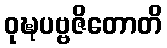
ဝုဍ္ဎပဗ္ဗဇိတောတိ